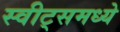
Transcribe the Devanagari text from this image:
स्वीट्‌समध्ये